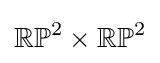
\mathbb {RP} ^{2}\times \mathbb {RP} ^{2}